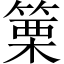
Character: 篥